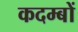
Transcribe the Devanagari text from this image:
कदम्बों